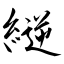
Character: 縌